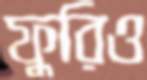
ফুরিও